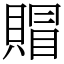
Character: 賵